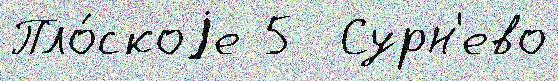
Пло́скоjе 5  Сурн'ево